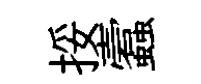
挼蠧